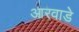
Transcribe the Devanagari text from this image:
आरवाडे